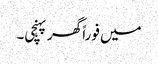
میں فوراً گھر پہنچی۔